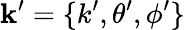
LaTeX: \mathbf{k}^{\prime}=\{ k^{\prime},\theta^{\prime},\phi^{\prime}\}